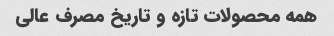
همه محصولات تازه و تاریخ مصرف عالی